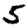
Digit: 5